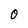
Character: 0